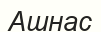
Ашнас